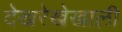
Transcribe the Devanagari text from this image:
देखरेखेखाली